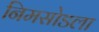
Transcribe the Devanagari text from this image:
निमसोडला